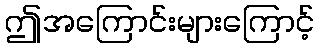
ဤအကြောင်းများကြောင့်